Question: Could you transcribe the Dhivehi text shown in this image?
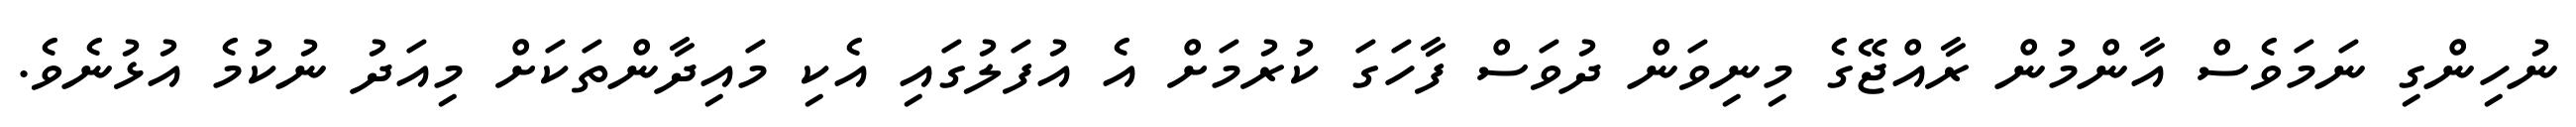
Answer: ނުހިންގި ނަމަވެސް އާންމުން ރާއްޖޭގެ މިނިވަން ދުވަސް ފާހަގަ ކުރުމަށް އެ އުފަލުގައި އެކި މައިދާންތަކަށް މިއަދު ނުކުމެ އުޅުނެވެ.